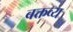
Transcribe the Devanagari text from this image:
बक्तव्य